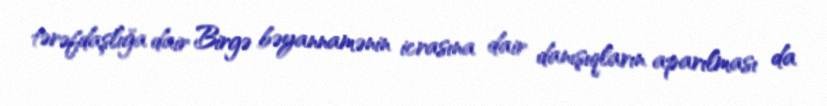
tərəfdaşlığa dair Birgə bəyannamənin icrasına dair danışıqların aparılması da